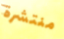
منتشرة